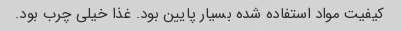
کیفیت مواد استفاده شده بسیار پایین بود. غذا خیلی چرب بود.